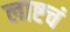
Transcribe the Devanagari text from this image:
लाष्टचं